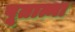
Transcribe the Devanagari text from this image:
पूतात्मा